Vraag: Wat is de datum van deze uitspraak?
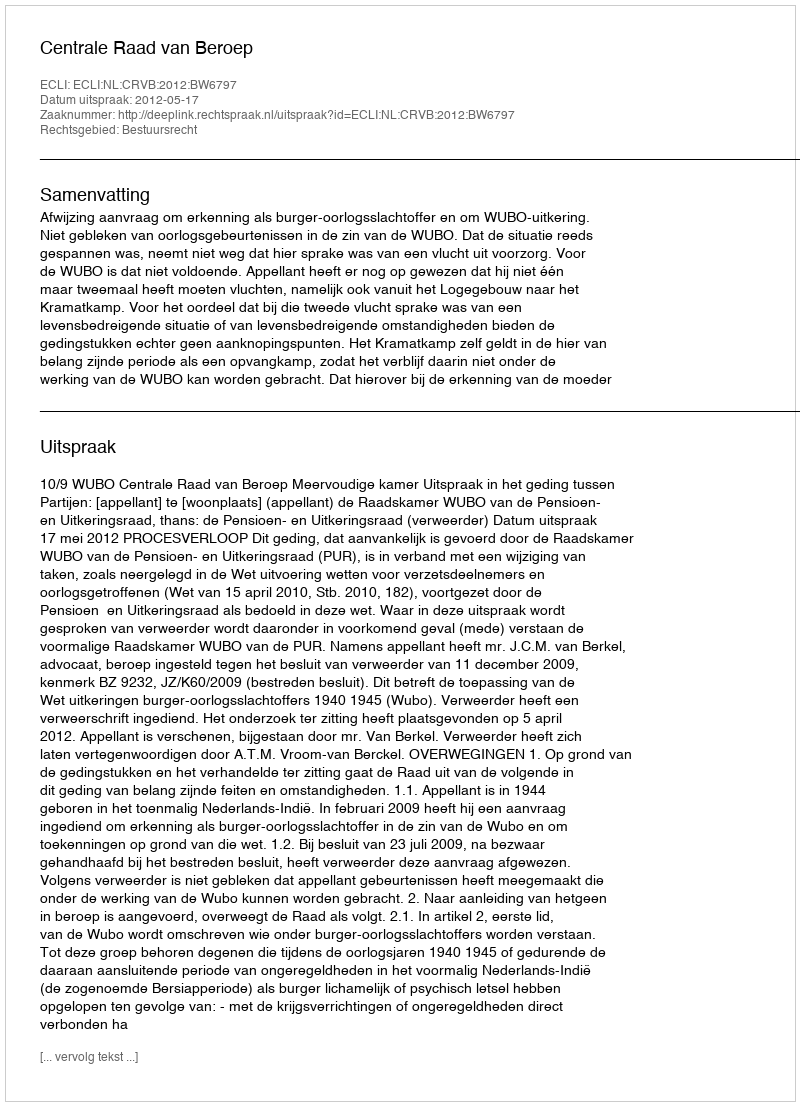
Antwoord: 2012-05-17